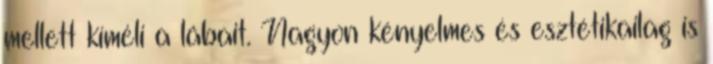
mellett kíméli a lábait. Nagyon kényelmes és esztétikailag is